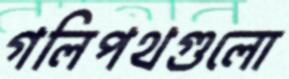
গলিপথগুলো